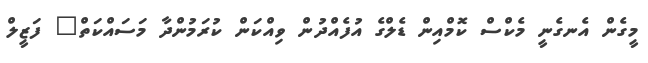
މީގެން އެނގެނީ މެކްސް ކޮމްއިން ޑެލްގެ އުފެއްދުން ވިއްކަން ކުރަމުންދާ މަސައްކަތް" ފަޒީލް